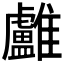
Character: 𩁨